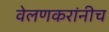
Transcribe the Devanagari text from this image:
वेलणकरांनीच